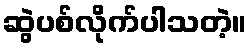
ဆွဲပစ်လိုက်ပါသတဲ့။